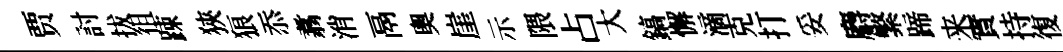
贾討拔徂踈狹狼忝翥消鬲奧崖示隈占大鎬懈滴克打妥麝繁蹄来實持復